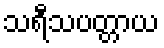
သရီသပတ္တာယ